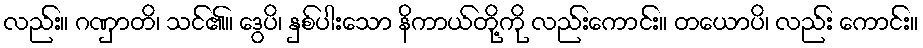
လည်း။ ဂဏှာတိ၊ သင်၏။ ဒွေပိ၊ နှစ်ပါးသော နိကာယ်တို့ကို လည်းကောင်း။ တယောပိ၊ လည်း ကောင်း။